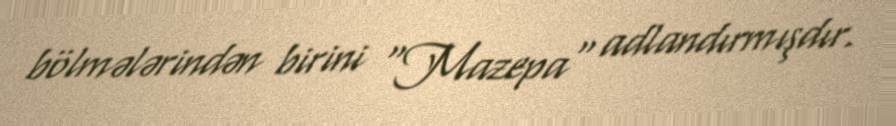
bölmələrindən birini "Mazepa" adlandırmışdır.